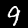
Digit: 9